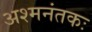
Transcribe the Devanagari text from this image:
अश्‍मनंतकः